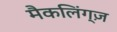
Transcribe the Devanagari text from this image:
मैकलिंग्ज़